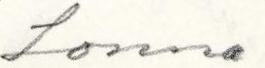
Lonna